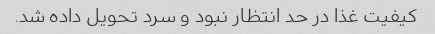
کیفیت غذا در حد انتظار نبود و سرد تحویل داده شد.